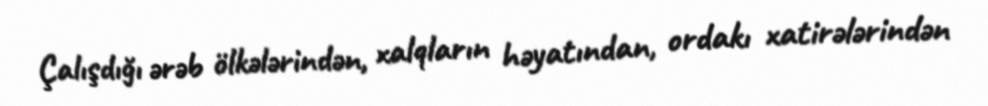
Çalışdığı ərəb ölkələrindən, xalqların həyatından, ordakı xatirələrindən